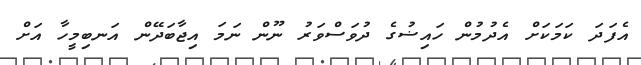
އެފަދަ ކަމަކަށް އެދުމުން ހައިޟުގެ ދުވަސްވަރު ނޫން ނަމަ އިޖާބަދޭން އަނބިމީހާ އަށް